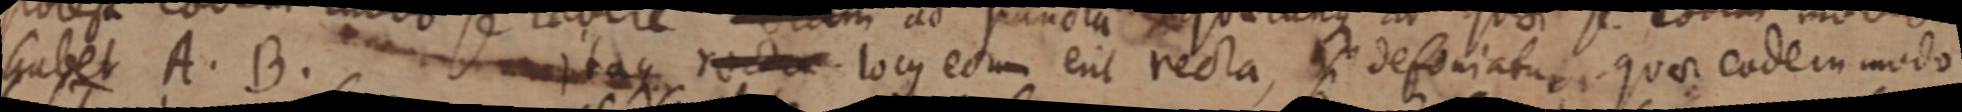
habet A. B. itaque recta. locus eorum erit recta, si definiatur, quae eodem modo